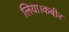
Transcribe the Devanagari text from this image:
लिया।कबीर